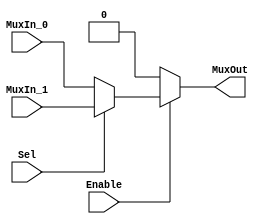
/******************************************************************************
 ** Logisim goes FPGA automatic generated Verilog code                       **
 **                                                                          **
 ** Component : Multiplexer_bus_2                                            **
 **                                                                          **
 ******************************************************************************/

module Multiplexer_bus_2( Enable,
                          MuxIn_0,
                          MuxIn_1,
                          Sel,
                          MuxOut);

   /***************************************************************************
    ** Here all module parameters are defined with a dummy value             **
    ***************************************************************************/
   parameter NrOfBits = 1;


   /***************************************************************************
    ** Here the inputs are defined                                           **
    ***************************************************************************/
   input  Enable;
   input[NrOfBits-1:0]  MuxIn_0;
   input[NrOfBits-1:0]  MuxIn_1;
   input  Sel;

   /***************************************************************************
    ** Here the outputs are defined                                          **
    ***************************************************************************/
   output[NrOfBits-1:0] MuxOut;

   /***************************************************************************
    ** Here the internal registers are defined                               **
    ***************************************************************************/
   reg[NrOfBits-1:0] s_selected_vector;

   assign MuxOut = s_selected_vector;

   always @(*)
   begin
      if (~Enable) s_selected_vector <= 0;
      else case (Sel)
         1'b0:
            s_selected_vector <= MuxIn_0;
         default:
            s_selected_vector <= MuxIn_1;
      endcase
   end

endmodule